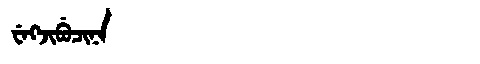
Manchu: ᠸᡝᡴᠵᡳᠪᡠᠴᡳᠨᠠ
Romanization: WEKJIBUCINA